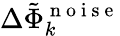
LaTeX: \Delta\tilde{\Phi}_{k}^{\mathrm{~n~o~i~s~e~}}